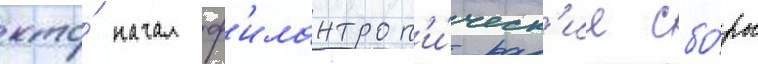
кто́ начал ф'илантроп'и́ческ'ие сбо́ры